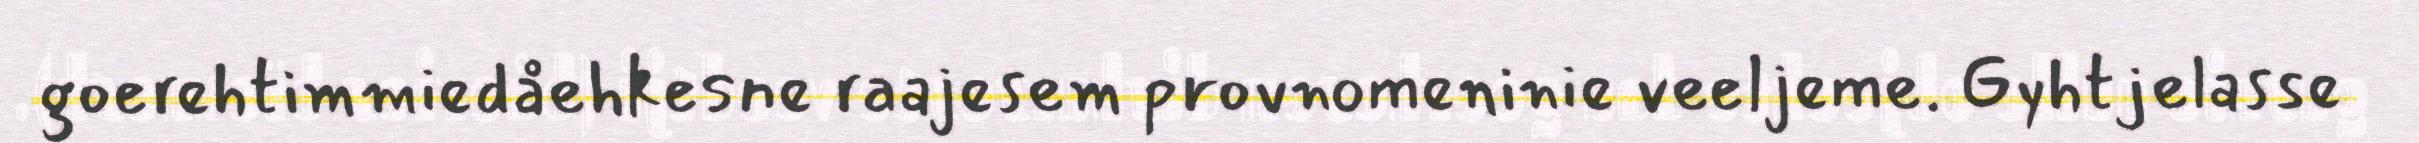
goerehtimmiedåehkesne raajesem provnomeninie veeljeme. Gyhtjelasse